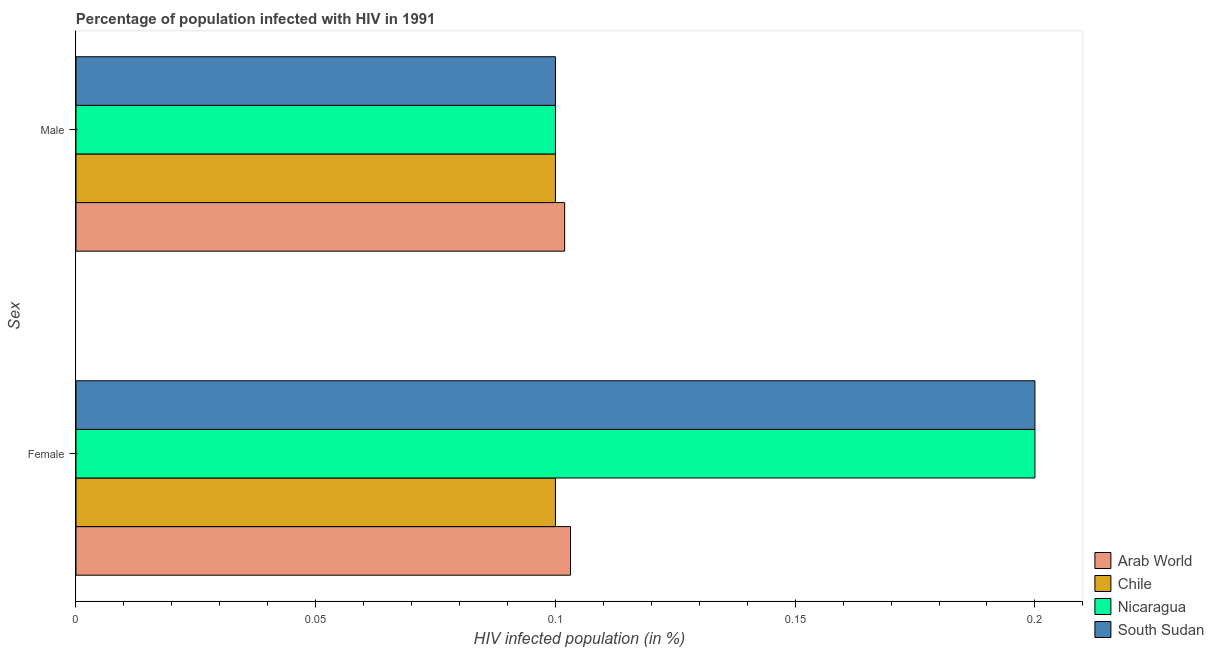
| Sex | Arab World | Chile | Nicaragua | South Sudan |
 | --- | --- | --- | --- | --- |
 | Female | 0.103 | 0.1 | 0.2 | 0.2 |
 | Male | 0.102 | 0.1 | 0.1 | 0.1 |